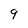
Character: 9